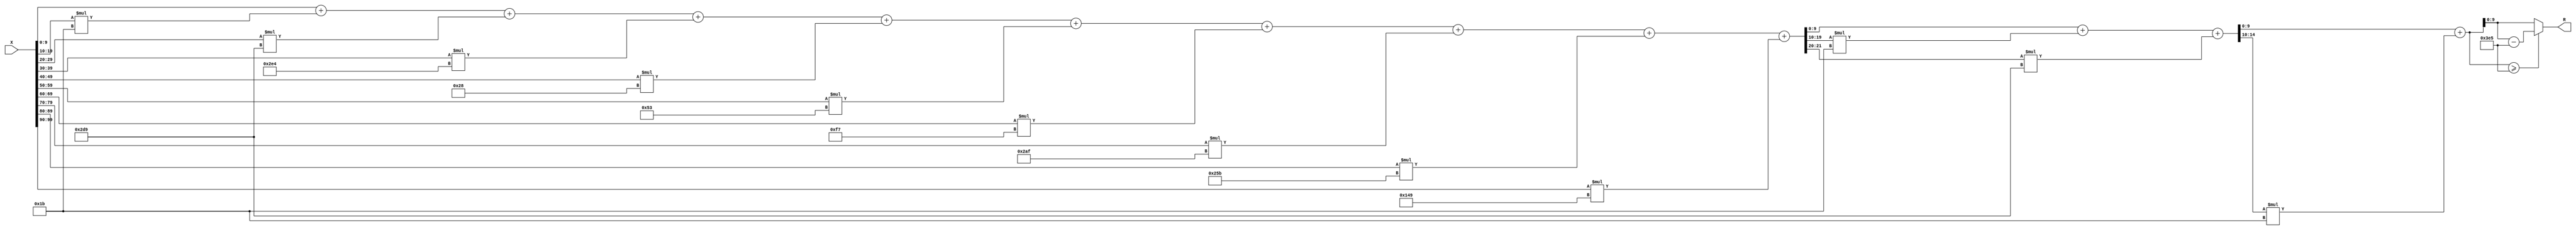
module x_100_mod_997(
    input [100:1] X,
    output [10:1] R
    );

wire [22:1] R_temp_1;
wire [15:1] R_temp_2;
wire [11:1] R_temp_3;
reg [10:1]  R_temp;

assign R_temp_1 = X [ 10 : 1 ]  + X [ 20 : 11 ] * 5'b11011 + X [ 30 : 21 ] * 10'b1011011001 + 
X [ 40 : 31 ] * 10'b1011100100 + X [ 50 : 41 ] * 6'b101000 + X [ 60 : 51 ] * 7'b1010011 + 
X [ 70 : 61 ] * 8'b11110111 + X [ 80 : 71 ] * 10'b1010101111 + X [ 90 : 81 ] * 10'b1001011011 + 
X [ 100 : 91 ] * 9'b101001001 ;

assign R_temp_2 = R_temp_1 [ 10 : 1 ]  + R_temp_1 [ 20 : 11 ] * 5'b11011 + R_temp_1 [ 22 : 21 ] * 10'b1011011001 ;

assign R_temp_3 = R_temp_2 [ 10 : 1 ]  + R_temp_2 [ 15 : 11 ] * 5'b11011 ;

always @(R_temp_3)
begin
  if (R_temp_3 >= 10'b1111100101)
    R_temp <= R_temp_3 - 10'b1111100101;
  else
    R_temp <= R_temp_3;
end

assign R = R_temp;

endmodule